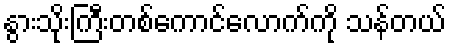
နွားသိုးကြီးတစ်ကောင်လောက်ကို သန်တယ်